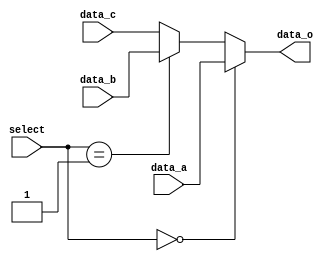
module selector
#(	parameter W=8)
 (	input [W-1:0]data_a,
 	input [W-1:0]data_b,
 	input [W-1:0]data_c,
 	input [1:0]select,
 	output wire [W-1:0]data_o );

assign data_o = select==2'b00 ? data_a : (select==2'b01 ? data_b : data_c);

endmodule